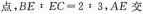
点，$$B E : E C = 2 : 3 ，AE交